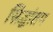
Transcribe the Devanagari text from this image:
सिद्धांतम